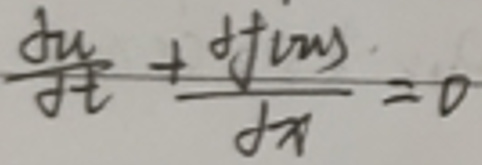
\(\frac{du}{dt}+\frac{dt\sin}{dt}=0\)